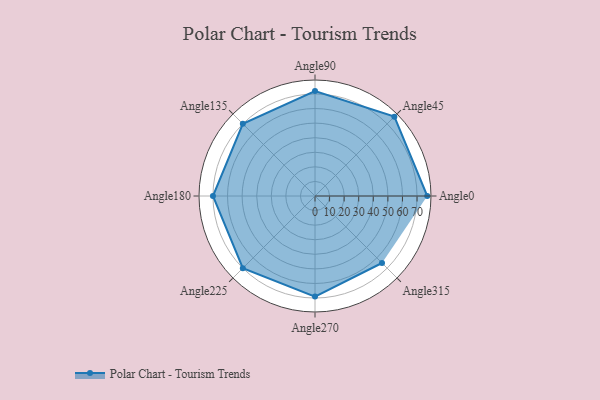
{"axis": {"x": "Angle", "y": "Radius"}, "legend": [""], "data": [{"x": "Angle0", "y": 77.0, "type": ""}, {"x": "Angle45", "y": 77.0, "type": ""}, {"x": "Angle90", "y": 72.0, "type": ""}, {"x": "Angle135", "y": 70.0, "type": ""}, {"x": "Angle180", "y": 70.0, "type": ""}, {"x": "Angle225", "y": 70.0, "type": ""}, {"x": "Angle270", "y": 69.0, "type": ""}, {"x": "Angle315", "y": 65.0, "type": ""}]}